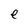
Character: e